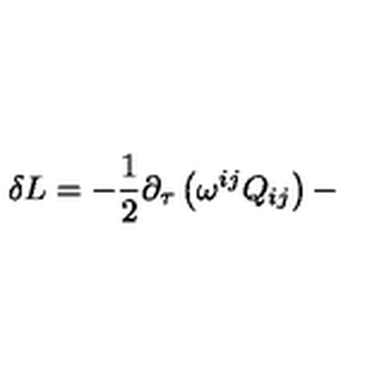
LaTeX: \delta L = - \frac { 1 } { 2 } \partial _ { \tau } \left( \omega ^ { i j } Q _ { i j } \right) -